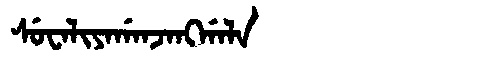
Manchu: ᠰᡠᠸᠠᠯᡳᠶᠠᡤᠠᠨᠵᠠᠩᡤᠠᠯᠠ
Romanization: SUWALIYAGANJANGGALA